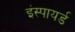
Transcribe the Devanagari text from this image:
इंस्पायर्ड